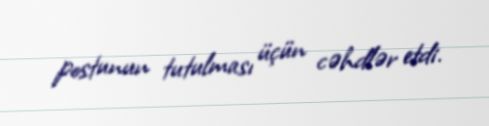
postunun tutulması üçün cəhdlər etdi.